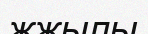
жжылы